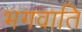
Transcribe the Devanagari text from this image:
भगवाति